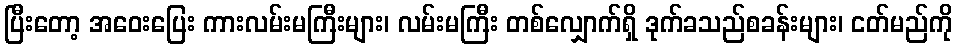
ပြီးတော့ အဝေးပြေး ကားလမ်းမကြီးများ၊ လမ်းမကြီး တစ်လျှောက်ရှိ ဒုက်ခသည်စခန်းများ၊ ငတ်မည်ကို